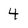
Character: 4